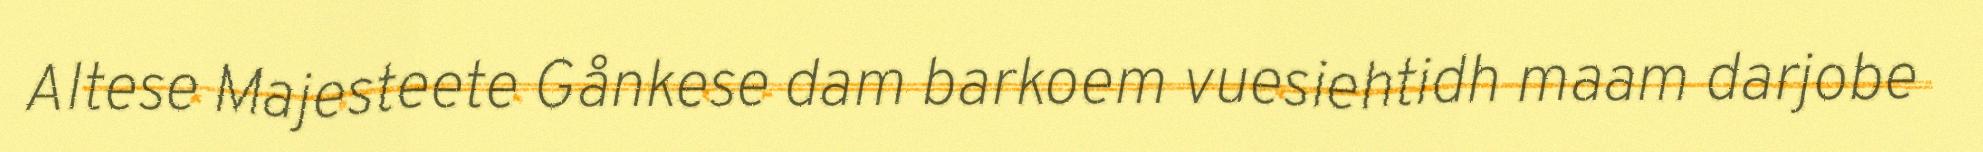
Altese Majesteete Gånkese dam barkoem vuesiehtidh maam darjobe